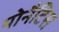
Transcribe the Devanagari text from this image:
योनैटिस